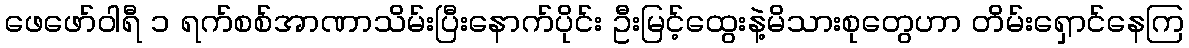
ဖေဖော်ဝါရီ ၁ ရက်စစ်အာဏာသိမ်းပြီးနောက်ပိုင်း ဦးမြင့်ထွေးနဲ့မိသားစုတွေဟာ တိမ်းရှောင်နေကြ